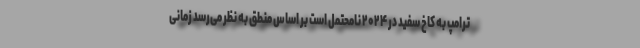
ترامپ به کاخ سفید در ۲۰۲۴ نامحتمل است بر اساس منطق به نظر می‌رسد زمانی